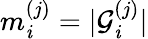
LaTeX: m_{\mathit{i}}^{(j)}=\vert\mathcal{{G}}_{\mathit{i}}^{(j)}\vert